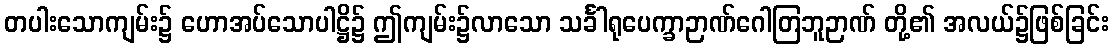
တပါးသောကျမ်း၌ ဟောအပ်သောပါဋ္ဌိ၌ ဤကျမ်း၌လာသော သင်္ခါရုပေက္ခာဉာဏ်ဂေါတြဘူဉာဏ် တို့၏ အလယ်၌ဖြစ်ခြင်း